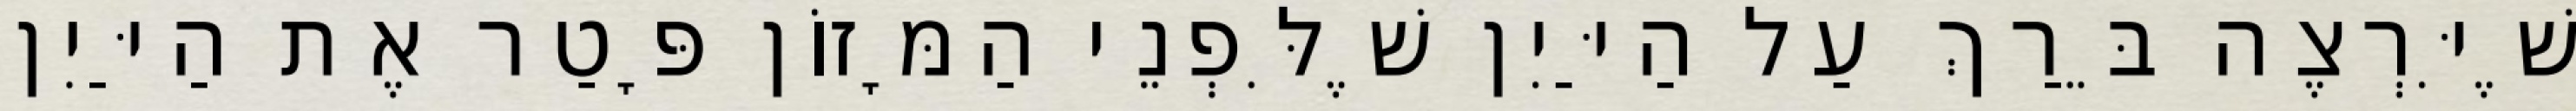
שֶׁיִּרְצֶה בֵּרַךְ עַל הַיַּיִן שֶׁלִּפְנֵי הַמָּזוֹן פָּטַר אֶת הַיַּיִן